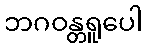
ဘဂဝန္တရူပေါ